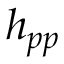
h _ { p p }